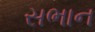
સભાન